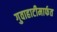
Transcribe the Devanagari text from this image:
गुवाहाटीमार्फत